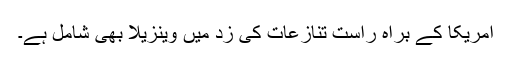
امریکا کے براہ راست تنازعات کی زد میں وینزیلا بھی شامل ہے۔